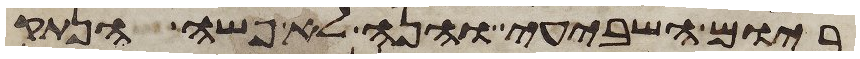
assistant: ביום השביעי והנה לא פשה הנתק